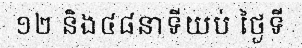
១២ និង៤៨នាទីយប់ ថ្ងៃទី